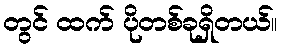
တွင် ထက် ပိုတစ်ခုရှိတယ်။